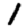
Digit: 1